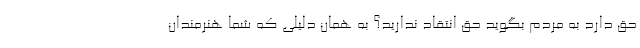
حق دارد به مردم بگوید حق انتقاد ندارید؟ به همان دلیلی که شما هنرمندان